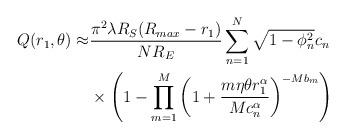
LaTeX: \begin{align*} Q(r_1,\theta)\approx &\frac{\pi^2\lambda R_S(R_{max}-r_1)}{NR_E}\sum_{n=1}^N\sqrt{1-\phi_n^2} c_n\\ &\times\left(1-\prod_{m=1}^{M}{\left(1+\frac{m\eta\theta r_1^{\alpha}}{Mc_n^{\alpha}}\right)^{-Mb_m}}\right)\end{align*}